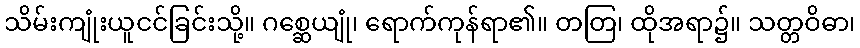
သိမ်းကျုံးယူငင်ခြင်းသို့။ ဂစ္ဆေယျုံ၊ ရောက်ကုန်ရာ၏။ တတြ၊ ထိုအရာ၌။ သတ္တဝိဓာ၊